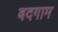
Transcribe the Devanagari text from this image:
बदगाम